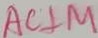
A C \bot M